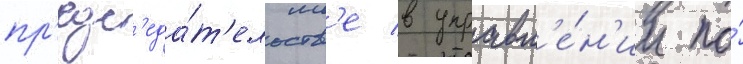
пр'едс'еда́т'ельств'е в управл'е́н'ии по́